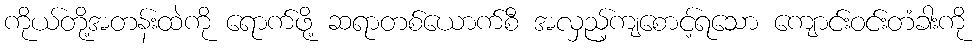
ကိုယ်တို့အတန်းထဲကို ရောက်ဖို့ ဆရာတစ်ယောက်စီ အလှည့်ကျစောင့်ရသော ကျောင်းဝင်းတံခါးကို